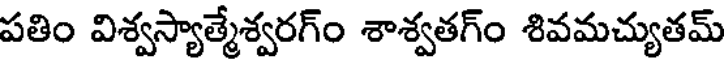
పతిం విశ్వస్యాత్మేశ్వరగ్ం శాశ్వతగ్ం శివమచ్యుతమ్